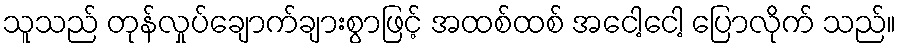
သူသည် တုန်လှုပ်ချောက်ချားစွာဖြင့် အထစ်ထစ် အငေါ့ငေါ့ ပြောလိုက် သည်။